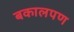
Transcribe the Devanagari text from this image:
बकालपण